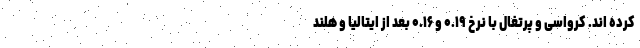
کرده اند. کرواسی و پرتغال با نرخ ۰.۱۹ و ۰.۱۶ بعد از ایتالیا و هلند